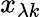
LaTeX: x_{\lambda k}